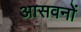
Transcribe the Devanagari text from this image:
आसवनों